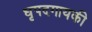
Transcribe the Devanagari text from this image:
धृपदगायकी